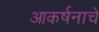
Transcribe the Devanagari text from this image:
आकर्षनाचे